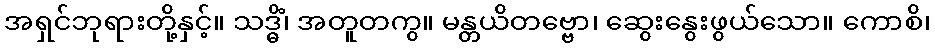
အရှင်ဘုရားတို့နှင့်။ သဒ္ဓိံ၊ အတူတကွ။ မန္တယိတဗ္ဗော၊ ဆွေးနွေးဖွယ်သော။ ကောစိ၊